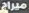
ميراج